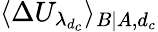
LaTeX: \langle\Delta U_{\lambda_{d_{c}}}\rangle_{B|A,d_{c}}